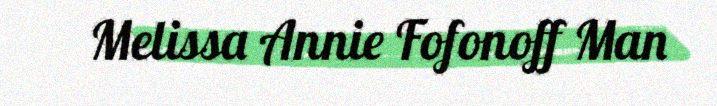
Melissa Annie Fofonoff Man